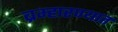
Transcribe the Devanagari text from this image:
ब्रम्हारण्यात